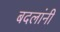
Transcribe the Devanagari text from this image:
बदलांनी